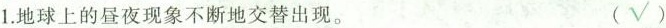
1.地球上的昼夜现象不断地交替出现。 (√)